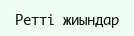
Ретті жиындар